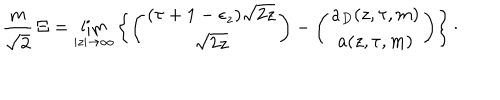
LaTeX: { \frac { m } { \sqrt { 2 } } } \, \Xi = \lim _ { | z | \rightarrow \infty } \left\lbrace \left( \begin{matrix} { { ( \tau + 1 - \epsilon _ { z } ) \sqrt { 2 z } } } \\ { { \sqrt { 2 z } } } \\ \end{matrix} \right) - \left( \begin{matrix} { { a _ { D } ( z , \tau , m ) } } \\ { { a ( z , \tau , m ) } } \\ \end{matrix} \right) \right\rbrace \cdotp